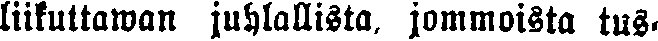
liikuttawan juhlallista, jommoista tus-